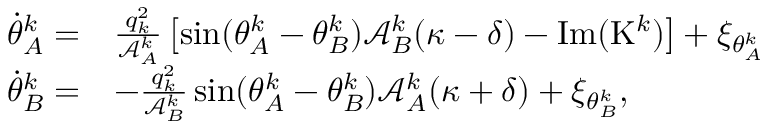
\begin{array} { r l } { \! \! \dot { \theta } _ { A } ^ { k } = } & { \frac { q _ { k } ^ { 2 } } { \mathcal { A } _ { A } ^ { k } } \left[ \sin ( \theta _ { A } ^ { k } - \theta _ { B } ^ { k } ) \mathcal { A } _ { B } ^ { k } ( \kappa - \delta ) - \mathrm { I m } ( \mathrm { K } ^ { k } ) \right] + \xi _ { \theta _ { A } ^ { k } } } \\ { \! \! \dot { \theta } _ { B } ^ { k } = } & { - \frac { q _ { k } ^ { 2 } } { \mathcal { A } _ { B } ^ { k } } \sin ( \theta _ { A } ^ { k } - \theta _ { B } ^ { k } ) { \mathcal { A } _ { A } ^ { k } ( \kappa + \delta ) } + \xi _ { \theta _ { B } ^ { k } } , } \end{array}